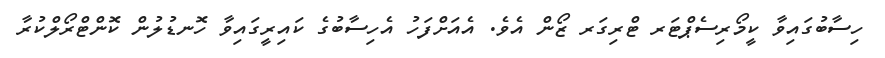
ހިސާބުގައިވާ ކީމޯރިސެޕްޓަރ ޓްރިގަރ ޒޯން އެވެ. އެއަށްފަހު އެހިސާބުގެ ކައިރީގައިވާ ހޮނޑުލުން ކޮންޓްރޯލްކުރާ